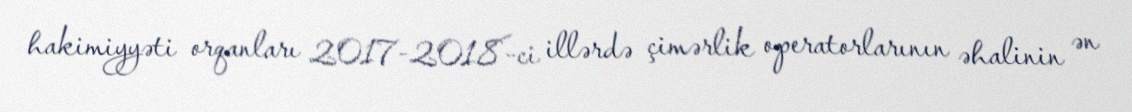
hakimiyyəti orqanları 2017-2018-ci illərdə çimərlik operatorlarının əhalinin ən